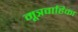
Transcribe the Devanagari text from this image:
मूत्रवाहिका